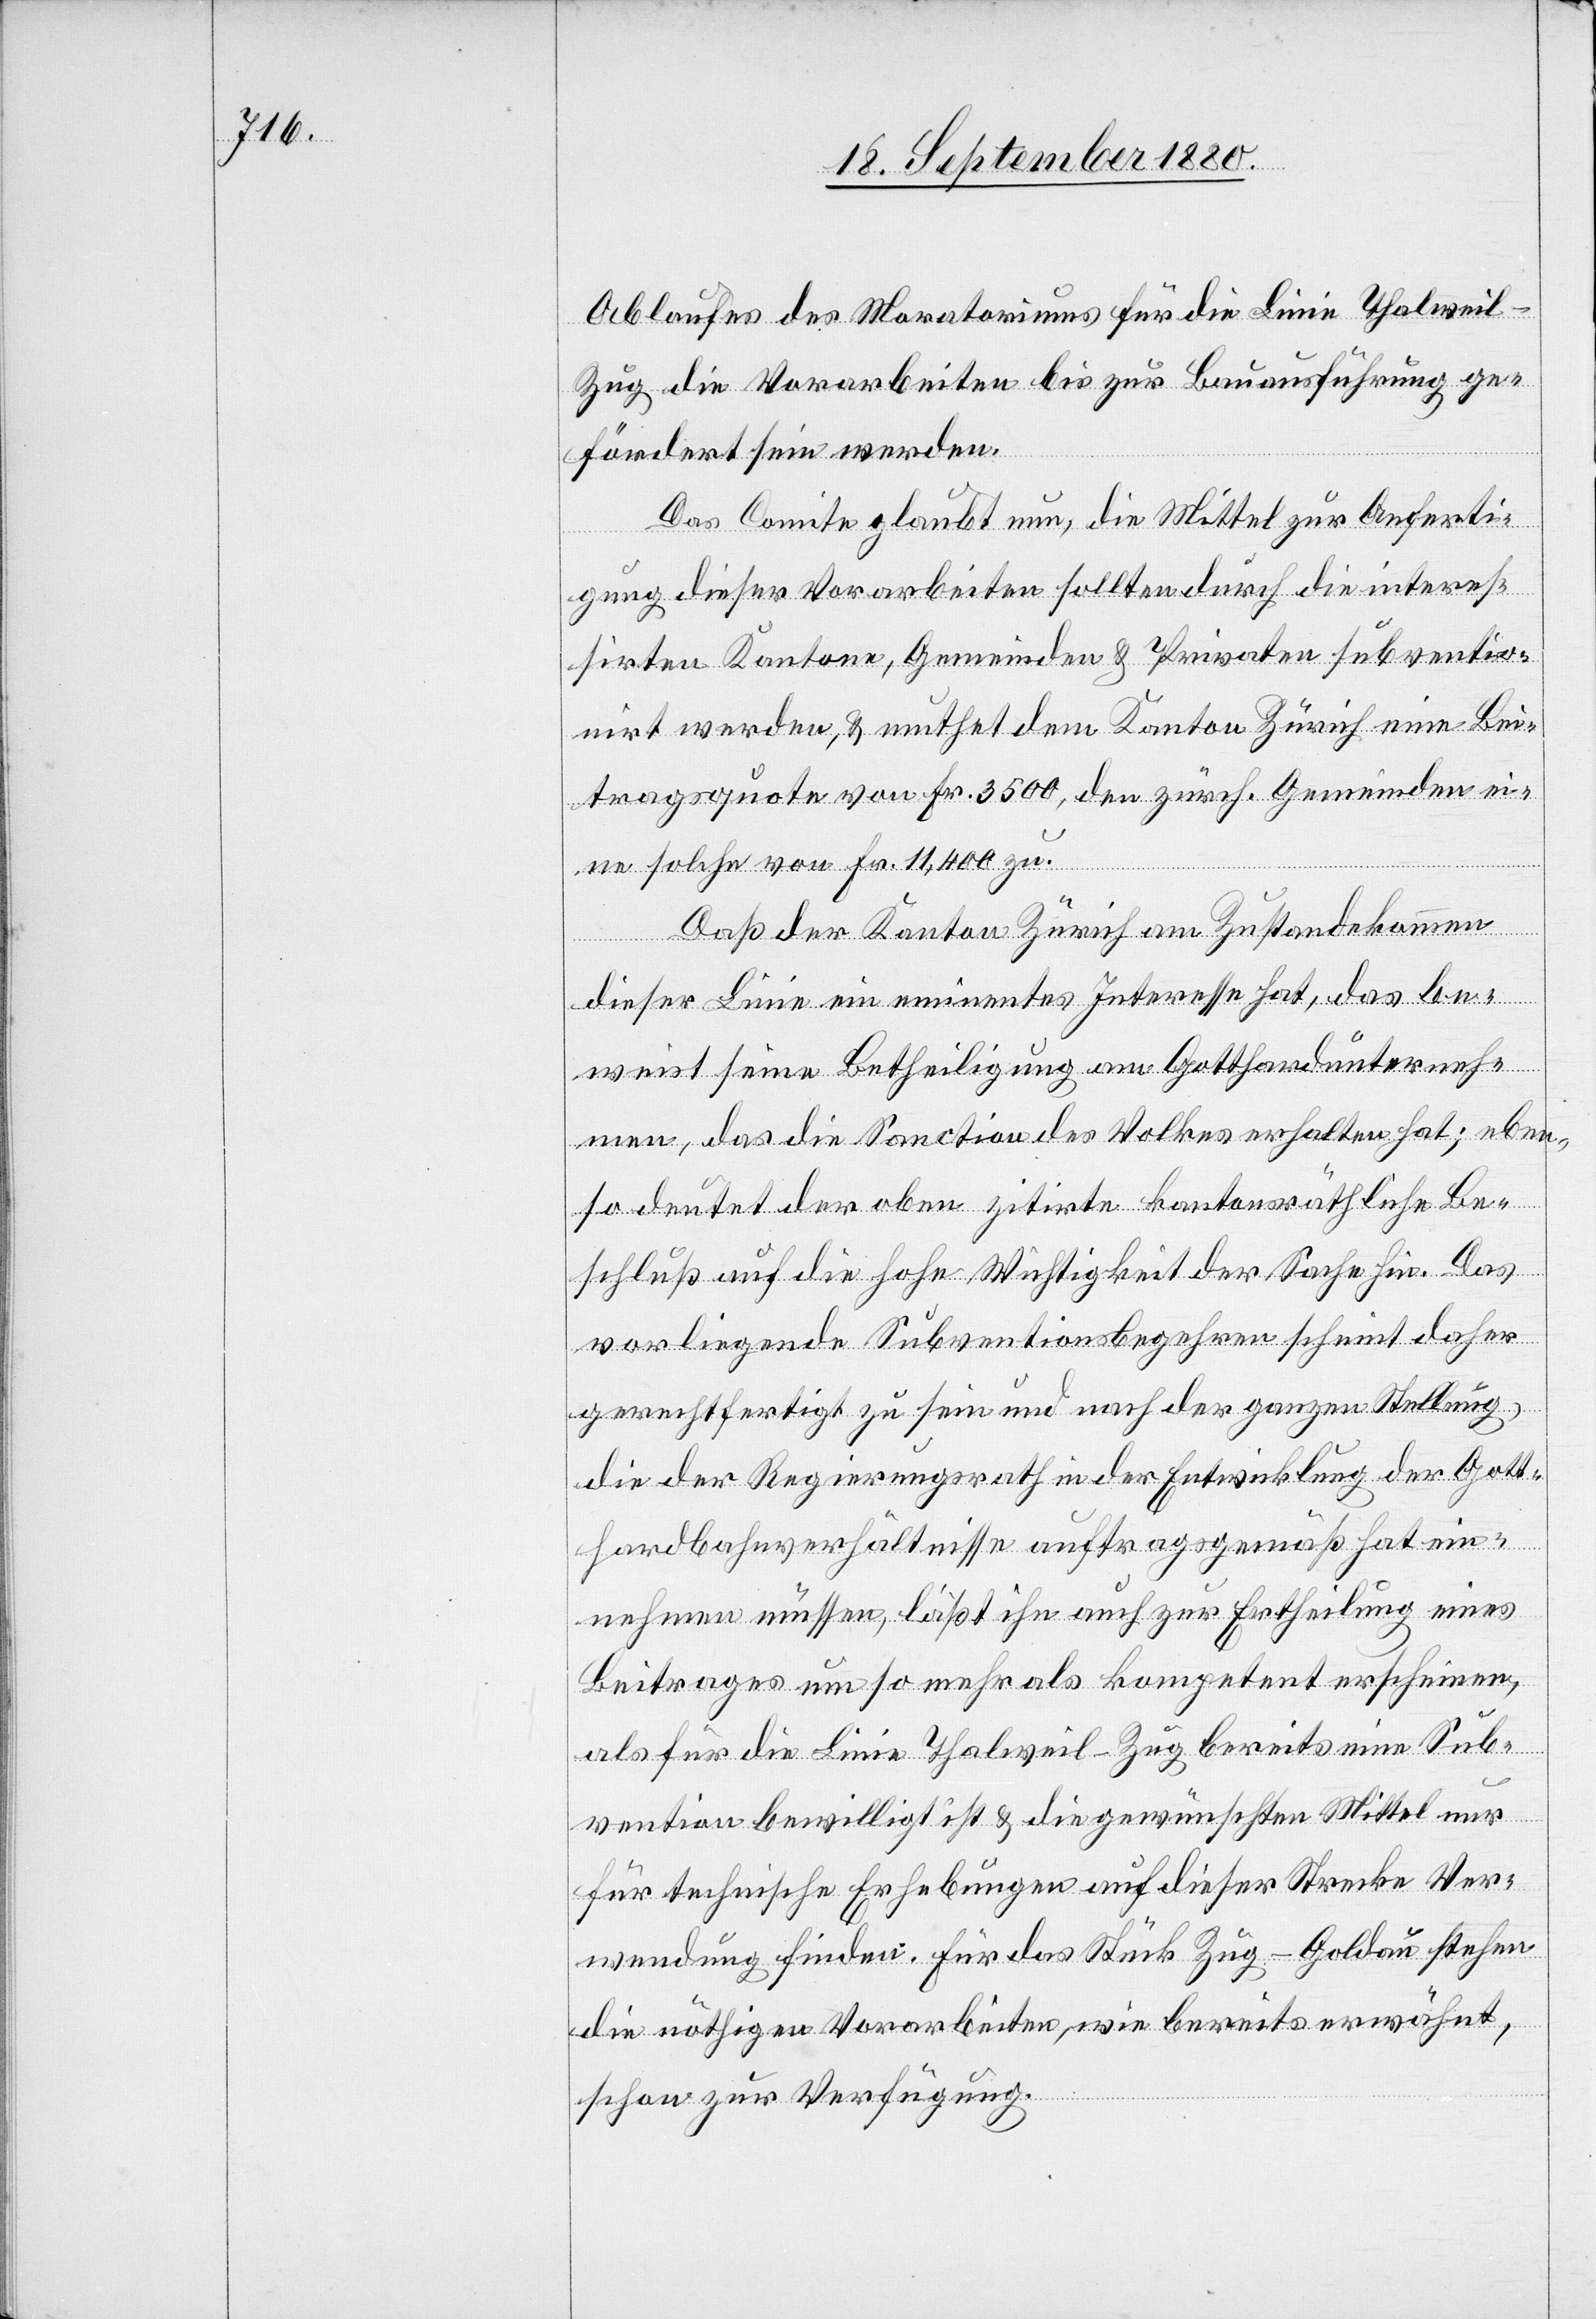
Ablaufes des Moratoriums für die Linie Thalweil–Z¬
ug die Vorarbeiten bis zur Bauausführung ge¬
fördert sein werden.
Das Comite glaubt nun, die Mittel zur Anferti¬
gung dieser Vorarbeiten sollten durch den interes¬
sirten Kantone, Gemeinden & Privaten subventio¬
nirt werden, & muthet dem Kanton Zürich eine Bei¬
tragsquote von Fr. 3500, ,den zürch. Gemeinden ei¬
ne solche von Fr. 11,400 zu.
Daß der Kanton Zürich am Zustandekommen
dieser Linie ein eminentes Interesse hat, das be¬
weist seine Betheiligung am Gotthardunterneh¬
men, das die Sanction des Volkes erhalten hat; eben¬
so deutet der oben zitirte kantonsräthliche Be¬
schluß auf die hohe Wichtigkeit der Sache hin. Das
vorliegende Subventionsbegehren scheint daher
gerechtfertigt zu sein und nach der ganzen Stellung,
die der Regierungsrath in der Entwicklung der Gott¬
hardbahnverhältnisse auftragsgemäß hat ein¬
nehmen müssen, läßt ihn auch zur Ertheilung eines
Beitrages um so mehr als kompetent erscheinen,
als für die Linie Thalweil–Zug bereits eine Sub¬
vention bewilligt ist & die gewünschten Mittel nur
für technische Erhebungen auf dieser Strecke Ver¬
wendung finden. Für das Stück Zug–Goldau stehen
die nöthigen Vorarbeiten, wie bereits erwähnt,
schon zur Verfügung.